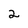
Character: 2